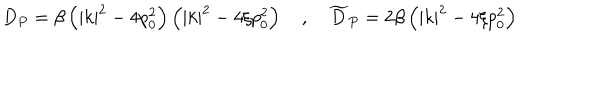
D _ { P } = \beta \left( \left| k \right| ^ { 2 } - 4 p _ { 0 } ^ { 2 } \right) \left( \left| k \right| ^ { 2 } - 4 \xi p _ { 0 } ^ { 2 } \right) \quad , \quad \widetilde { D } _ { P } = 2 \beta \left( \left| k \right| ^ { 2 } - 4 \xi p _ { 0 } ^ { 2 } \right)